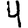
Digit: 4